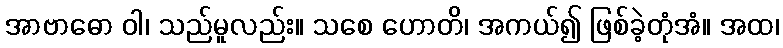
အာဗာဓော ဝါ၊ သည်မူလည်း။ သစေ ဟောတိ၊ အကယ်၍ ဖြစ်ခဲ့တုံအံ။ အထ၊